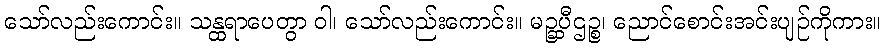
သော်လည်းကောင်း။ သန္ထရာပေတွာ ဝါ၊ သော်လည်းကောင်း။ မဉ္ဆပီဌဉ္စ၊ ညောင်စောင်းအင်းပျဉ်ကိုကား။